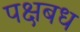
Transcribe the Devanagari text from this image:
पक्षबध